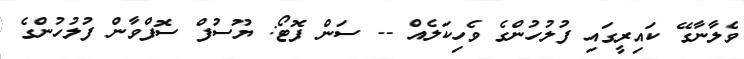
ވެލާނާގޭ ކައިރީގައި ފުލުހުންގެ ވެހިކަލެއް -- ސަން ފޮޓޯ: ޔޫސުފް ސޮފްވާން ފުލުހުންގެ